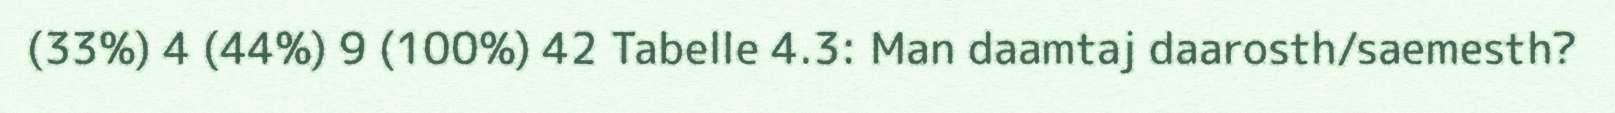
(33%) 4 (44%) 9 (100%) 42 Tabelle 4.3: Man daamtaj daarosth/saemesth?